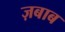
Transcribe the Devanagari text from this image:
ज़बाब